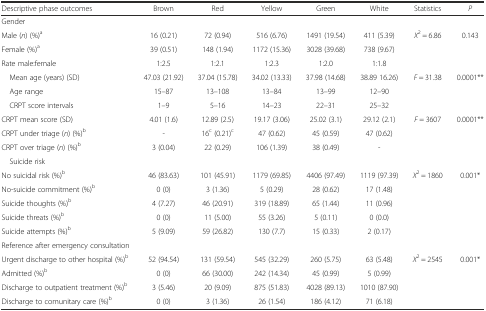
<table><thead><tr><td><b>Descriptive phase outcomes</b></td><td><b>Brown</b></td><td><b>Red</b></td><td><b>Yellow</b></td><td><b>Green</b></td><td><b>White</b></td><td><b>Statistics</b></td><td><b><i>P</i></b></td></tr></thead><tbody><tr><td>Gender</td><td></td><td></td><td></td><td></td><td></td><td></td><td></td></tr><tr><td>Male (<i>n</i>) (%)<sup>a</sup></td><td>16 (0.21)</td><td>72 (0.94)</td><td>516 (6.76)</td><td>1491 (19.54)</td><td>411 (5.39)</td><td><i>Χ</i><sup>2</sup> = 6.86</td><td>0.143</td></tr><tr><td>Female (%)<sup>a</sup></td><td>39 (0.51)</td><td>148 (1.94)</td><td>1172 (15.36)</td><td>3028 (39.68)</td><td>738 (9.67)</td><td></td><td></td></tr><tr><td>Rate male:female</td><td>1:2.5</td><td>1:2.1</td><td>1:2.3</td><td>1:2.0</td><td>1:1.8</td><td></td><td></td></tr><tr><td> Mean age (years) (SD)</td><td>47.03 (21.92)</td><td>37.04 (15.78)</td><td>34.02 (13.33)</td><td>37.98 (14.68)</td><td>38.89 16.26)</td><td><i>F</i> = 31.38</td><td>0.0001**</td></tr><tr><td> Age range</td><td>15–87</td><td>13–108</td><td>13–84</td><td>13–99</td><td>12–90</td><td></td><td></td></tr><tr><td> CRPT score intervals</td><td>1–9</td><td>5–16</td><td>14–23</td><td>22–31</td><td>25–32</td><td></td><td></td></tr><tr><td>CRPT mean score (SD)</td><td>4.01 (1.6)</td><td>12.89 (2.5)</td><td>19.17 (3.06)</td><td>25.02 (3.1)</td><td>29.12 (2.1)</td><td><i>F</i> = 3607</td><td>0.0001**</td></tr><tr><td>CRPT under triage (<i>n</i>) (%)<sup>b</sup></td><td>-</td><td>16<sup>c</sup> (0.21)<sup>c</sup></td><td>47 (0.62)</td><td>45 (0.59)</td><td>47 (0.62)</td><td></td><td></td></tr><tr><td>CRPT over triage (<i>n</i>) (%)<sup>b</sup></td><td>3 (0.04)</td><td>22 (0.29)</td><td>106 (1.39)</td><td>38 (0.49)</td><td>-</td><td></td><td></td></tr><tr><td> Suicide risk</td><td></td><td></td><td></td><td></td><td></td><td></td><td></td></tr><tr><td>No suicidal risk (%)<sup>b</sup></td><td>46 (83.63)</td><td>101 (45.91)</td><td>1179 (69.85)</td><td>4406 (97.49)</td><td>1119 (97.39)</td><td><i>Χ</i><sup>2</sup> = 1860</td><td>0.001*</td></tr><tr><td>No-suicide commitment (%)<sup>b</sup></td><td>0 (0)</td><td>3 (1.36)</td><td>5 (0.29)</td><td>28 (0.62)</td><td>17 (1.48)</td><td></td><td></td></tr><tr><td>Suicide thoughts (%)<sup>b</sup></td><td>4 (7.27)</td><td>46 (20.91)</td><td>319 (18.89)</td><td>65 (1.44)</td><td>11 (0.96)</td><td></td><td></td></tr><tr><td>Suicide threats (%)<sup>b</sup></td><td>0 (0)</td><td>11 (5.00)</td><td>55 (3.26)</td><td>5 (0.11)</td><td>0 (0.0)</td><td></td><td></td></tr><tr><td>Suicide attempts (%)<sup>b</sup></td><td>5 (9.09)</td><td>59 (26.82)</td><td>130 (7.7)</td><td>15 (0.33)</td><td>2 (0.17)</td><td></td><td></td></tr><tr><td>Reference after emergency consultation</td><td></td><td></td><td></td><td></td><td></td><td></td><td></td></tr><tr><td>Urgent discharge to other hospital (%)<sup>b</sup></td><td>52 (94.54)</td><td>131 (59.54)</td><td>545 (32.29)</td><td>260 (5.75)</td><td>63 (5.48)</td><td><i>Χ</i><sup>2</sup> = 2545</td><td>0.001*</td></tr><tr><td>Admitted (%)<sup>b</sup></td><td>0 (0)</td><td>66 (30.00)</td><td>242 (14.34)</td><td>45 (0.99)</td><td>5 (0.99)</td><td></td><td></td></tr><tr><td>Discharge to outpatient treatment (%)<sup>b</sup></td><td>3 (5.46)</td><td>20 (9.09)</td><td>875 (51.83)</td><td>4028 (89.13)</td><td>1010 (87.90)</td><td></td><td></td></tr><tr><td>Discharge to comunitary care (%)<sup>b</sup></td><td>0 (0)</td><td>3 (1.36)</td><td>26 (1.54)</td><td>186 (4.12)</td><td>71 (6.18)</td><td></td><td></td></tr></tbody></table>